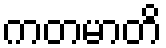
ကတမာတိ